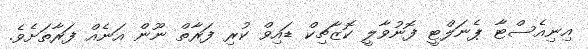
އިނިއެސްޓާ ޕެނަލްޓީ ފޮނުވާލީ ކޮޒާޗިކް ޑައިވް ކުރި ފަރާތް ނޫން އަނެއް ފަރާތަށެވެ.